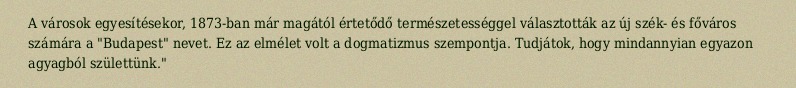
A városok egyesítésekor, 1873-ban már magától értetődő természetességgel választották az új szék- és főváros számára a "Budapest" nevet. Ez az elmélet volt a dogmatizmus szempontja. Tudjátok, hogy mindannyian egyazon agyagból születtünk."